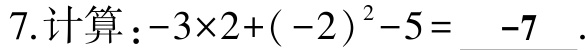
7.计算：\(-3\times2+(-2)^{2}-5=\underline{-7}\).